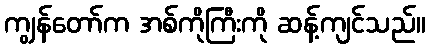
ကျွန်တော်က အစ်ကိုကြီးကို ဆန့်ကျင်သည်။